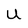
Character: U